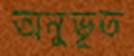
অনুভূত